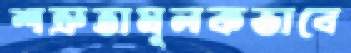
শত্রুতামূলকভাবে